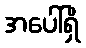
အပေါ်ရှိ